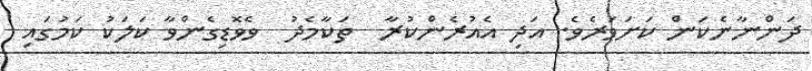
ދަންނާނެކަން ކަށަވަރެވެ. އަދި އެއުރެންކުރާ  ތަކާމެދު  ވެވޮޑިގެންވާ ކަލަކު ކަމުގައި